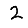
Digit: 2